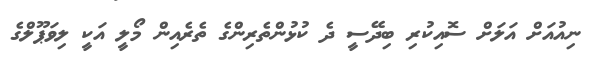
ނިއުއަށް އަލަށް ސޮއިކުރި ބިދޭސީ ދެ ކުޅުންތެރިންގެ ތެރެއިން މޯލީ އަކީ ލިވަޕޫލްގެ